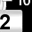
Digit: 2